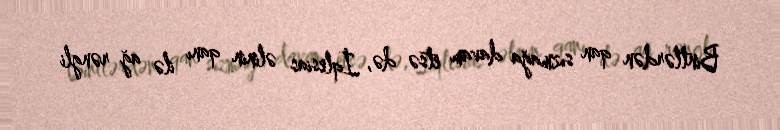
Bintlərdən qan sızmağa davam etsə də, İqlesias əlinin qanı ilə ağ rəngli